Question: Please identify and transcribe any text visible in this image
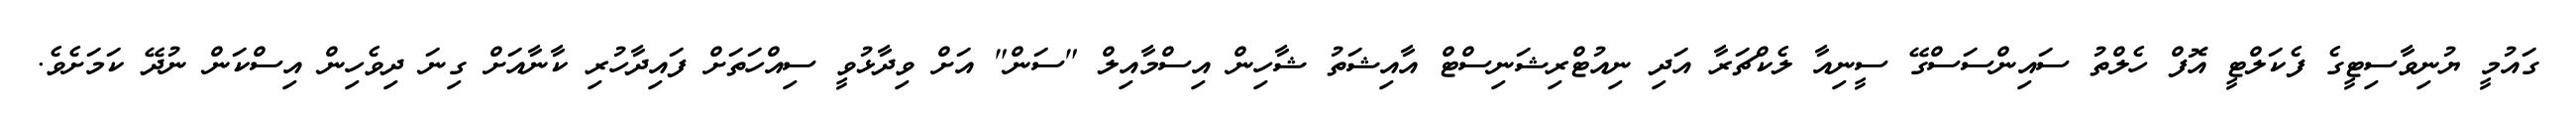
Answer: ގައުމީ ޔުނިވާސިޓީގެ ފެކަލްޓީ އޮފް ހެލްތު ސައިންސަސްގޭ ސީނިއާ ލެކްޗަރާ އަދި ނިއުޓްރިޝަނިސްޓް އާއިޝަތު ޝާހިން އިސްމާއިލް "ސަން" އަށް ވިދާޅުވީ ސިއްހަތަށް ފައިދާހުރި ކާނާއަށް ގިނަ ދިވެހިން އިސްކަން ނުދޭ ކަމަށެވެ.